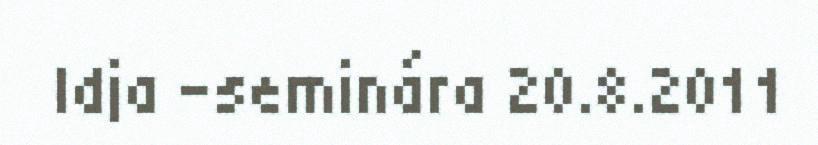
Idja -seminára 20.8.2011